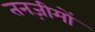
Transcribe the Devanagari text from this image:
तनज़ीमों